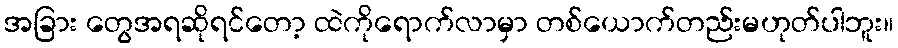
အခြား တွေအရဆိုရင်တော့ ထဲကိုရောက်လာမှာ တစ်ယောက်တည်းမဟုတ်ပါဘူး။